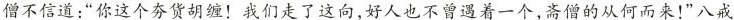
僧不信道：“你这个夯货胡缠！我们走了这向，好人也不曾遇着一个，高僧的从何而来！”八戒